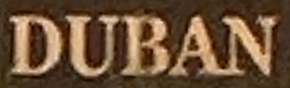
DUBAN